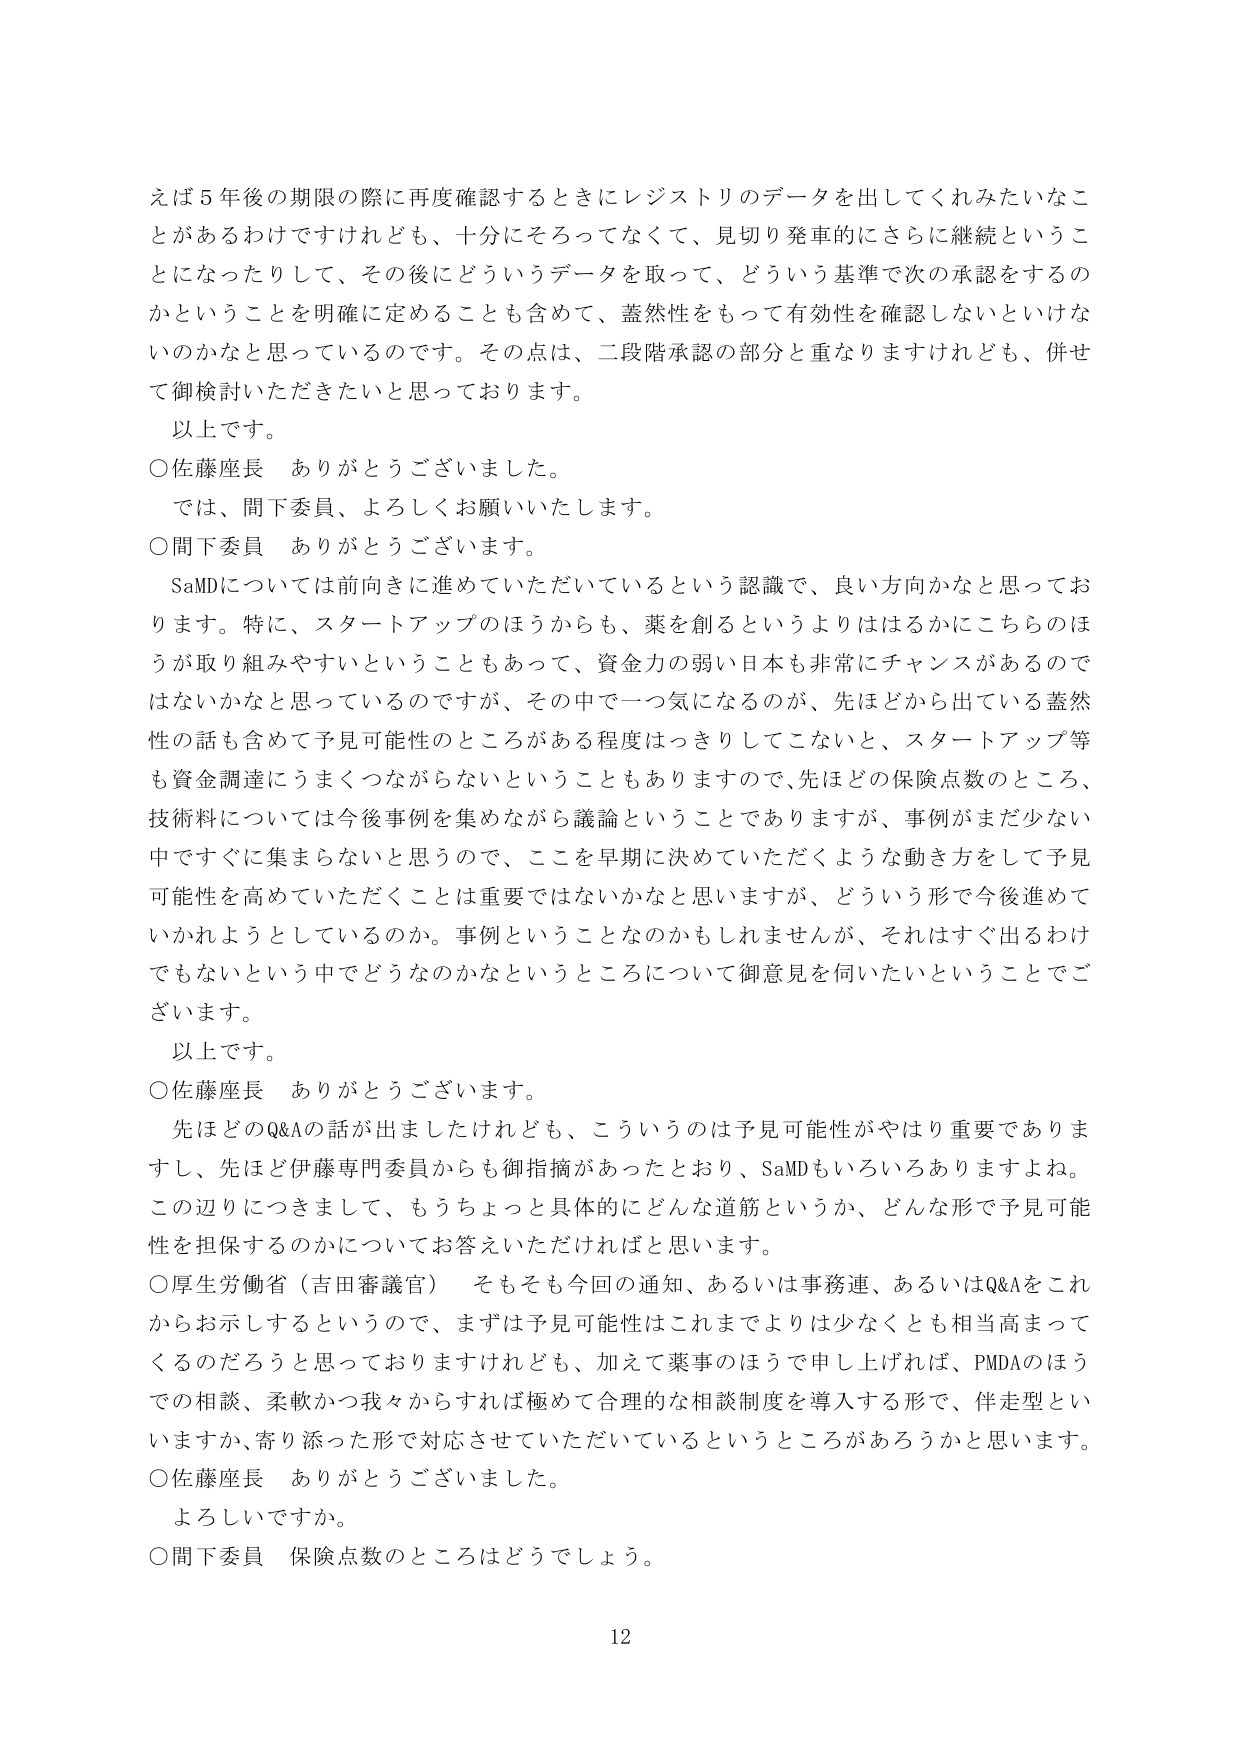
えば５年後の期限の際に再度確認するときにレジストリのデータを出してくれみたいなことがあるわけですけれども、十分にそろってなくて、見切り発車的にさらに継続ということになったりして、その後にどういうデータを取って、どういう基準で次の承認をするのかということを明確に定めることも含めて、蓋然性をもって有効性を確認しないといけないのかなと思っているのです。その点は、二段階承認の部分と重なりますけれども、併せて御検討いただきたいと思っております。

以上です。

○佐藤座長　ありがとうございました。

では、間下委員、よろしくお願いいたします。

○間下委員　ありがとうございます。

SaMDについては前向きに進めていただいているという認識で、良い方向かなと思っております。特に、スタートアップのほうからも、薬を創るというよりはるかにこちらのほうが取り組みやすいということもあって、資金力の弱い日本も非常にチャンスがあるのではないかなと思っているのですが、その中で一つ気になるのが、先ほどから出ている蓋然性の話も含めて予見可能性のところがある程度はっきりしてこないと、スタートアップ等も資金調達にうまくつながらないということもありますので、先ほどの保険点数のところ、技術料については今後事例を集めながら議論ということではありますが、事例がまだ少ない中ですぐに集まらないと思うので、ここを早期に決めていただくような動き方をして予見可能性を高めていただくことは重要ではないかなと思いますが、どういう形で今後進めていかれようとしているのか。事例ということなのかもしれませんが、それはすぐ出るわけでもないという中でどうなのかなというところについて御意見を伺いたいということです。

以上です。

○佐藤座長　ありがとうございます。

先ほどのQ&Aの話が出ましたけれども、こういうのは予見可能性がやはり重要でありますし、先ほど伊藤専門委員からも御指摘があったとおり、SaMDもいろいろありますよね。この辺りにつきまして、もうちょっと具体的にどんな道筋というか、どんな形で予見可能性を担保するのかについてお答えいただければと思います。

○厚生労働省（吉田審議官）　そもそも今回の通知、あるいは事務連、あるいはQ&Aをこれからお示しするというので、まずは予見可能性はこれまでよりは少なくとも相当高まってくるのだろうと思っておりますけれども、加えて薬事のほうで申し上げれば、PMDAのほうでの相談、柔軟かつ我々からすれば極めて合理的な相談制度を導入する形で、伴走型といいますか、寄り添った形で対応させていただいているというところがあろうかと思います。

○佐藤座長　ありがとうございました。

よろしいですか。

○間下委員　保険点数のところはどうでしょう。

12